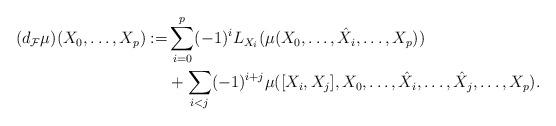
LaTeX: \begin{align*}(d_{\mathcal{F}}\mu)(X_{0},\ldots,X_{p}):=&\sum_{i=0}^{p}(-1)^{i}L_{X_{i}}(\mu(X_{0},\ldots,\hat{X}_{i},\dots,X_{p}))\\&+\sum_{i<j} (-1)^{i+j}\mu([X_{i},X_{j}],X_{0},\ldots,\hat{X}_{i},\ldots,\hat{X}_{j},\ldots,X_{p}).\end{align*}